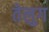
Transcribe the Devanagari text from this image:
तेलुग